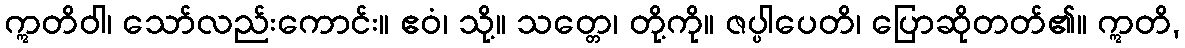
ဣတိဝါ၊ သော်လည်းကောင်း။ ဧဝံ၊ သို့။ သတ္တေ၊ တို့ကို။ ဇပ္ပါပေတိ၊ ပြောဆိုတတ်၏။ ဣတိ,